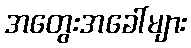
အတွေးအခေါ်များ